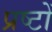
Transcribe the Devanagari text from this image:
प्रष्टों